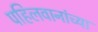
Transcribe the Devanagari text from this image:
पहिलवानांच्या